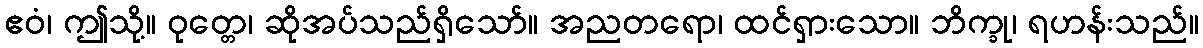
ဧဝံ၊ ဤသို့။ ဝုတ္တေ၊ ဆိုအပ်သည်ရှိသော်။ အညတရော၊ ထင်ရှားသော။ ဘိက္ခု၊ ရဟန်းသည်။